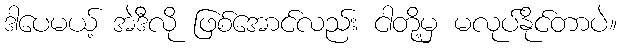
ဒါပေမယ့် အဲဒီလို ဖြစ်အောင်လည်း ငါတို့မှ မလုပ်နိုင်တာပဲ။